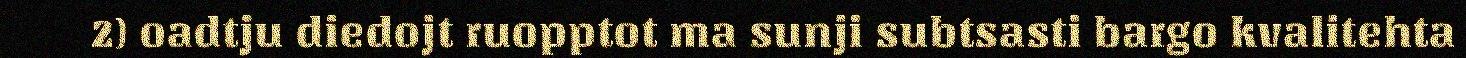
2) oadtju diedojt ruopptot ma sunji subtsasti bargo kvalitehta